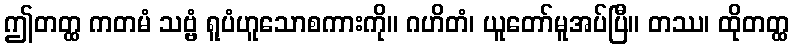
ဤတတ္ထ ကတမံ သဗ္ဗံ ရူပံဟူသောစကားကို။ ဂဟိတံ၊ ယူတော်မူအပ်ပြီ။ တဿ၊ ထိုတတ္ထ